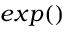
e x p ( )